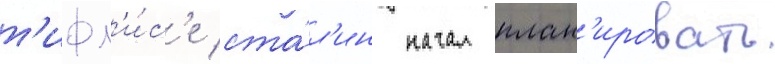
т'ифл'и́с'е ста́л'ин начал план'ировать